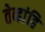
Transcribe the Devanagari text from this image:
तेव्हांहि